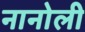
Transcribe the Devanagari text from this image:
नानोली